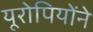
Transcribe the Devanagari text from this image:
यूरोपियोंने